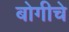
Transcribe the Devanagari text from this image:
बोगीचे